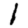
Digit: 1